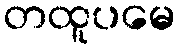
တထူပမေ